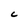
Character: C